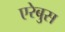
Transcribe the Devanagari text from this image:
एरेबुस